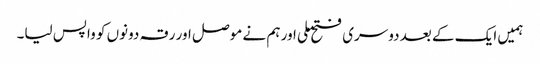
ہمیں ایک کے بعد دوسری فتح ملی اور ہم نے موصل اور رقہ دونوں کو واپس لیا۔